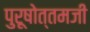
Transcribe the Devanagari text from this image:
पुरूषोत्तमजी